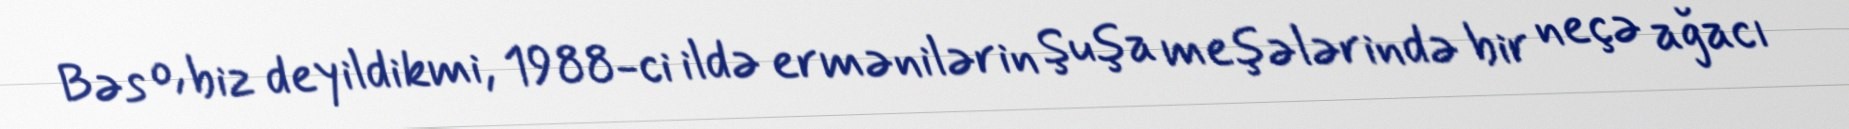
Bəs o, biz deyildikmi, 1988-ci ildə ermənilərin Şuşa meşələrində bir neçə ağacı